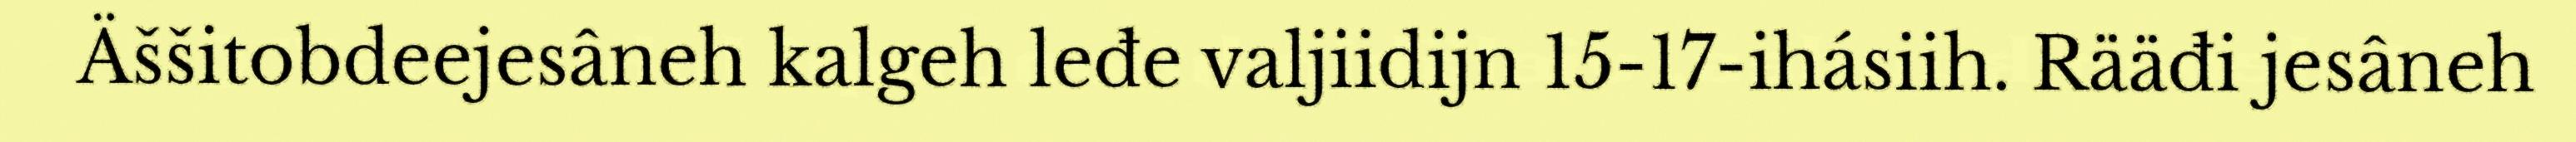
Äššitobdeejesâneh kalgeh leđe valjiidijn 15-17-ihásiih. Rääđi jesâneh